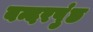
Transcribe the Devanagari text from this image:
बन्दरपुंछ